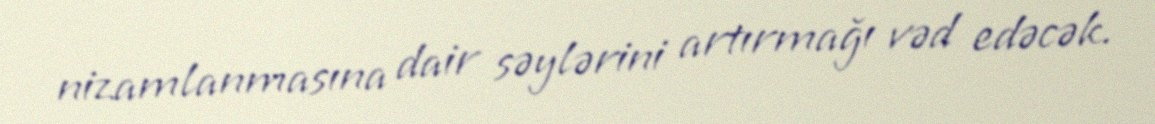
nizamlanmasına dair səylərini artırmağı vəd edəcək.